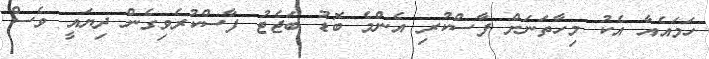
ހަމައެއާ އެކު މިހާތަނަށް ފާސްކުރި އެންމެ ބޮޑު ބަޖެޓު ފާސްކުރެވިގެން ދިޔައީ ވެސް